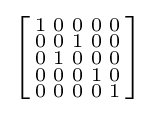
\left[{\begin{smallmatrix}1&0&0&0&0\\0&0&1&0&0\\0&1&0&0&0\\0&0&0&1&0\\0&0&0&0&1\\\end{smallmatrix}}\right]